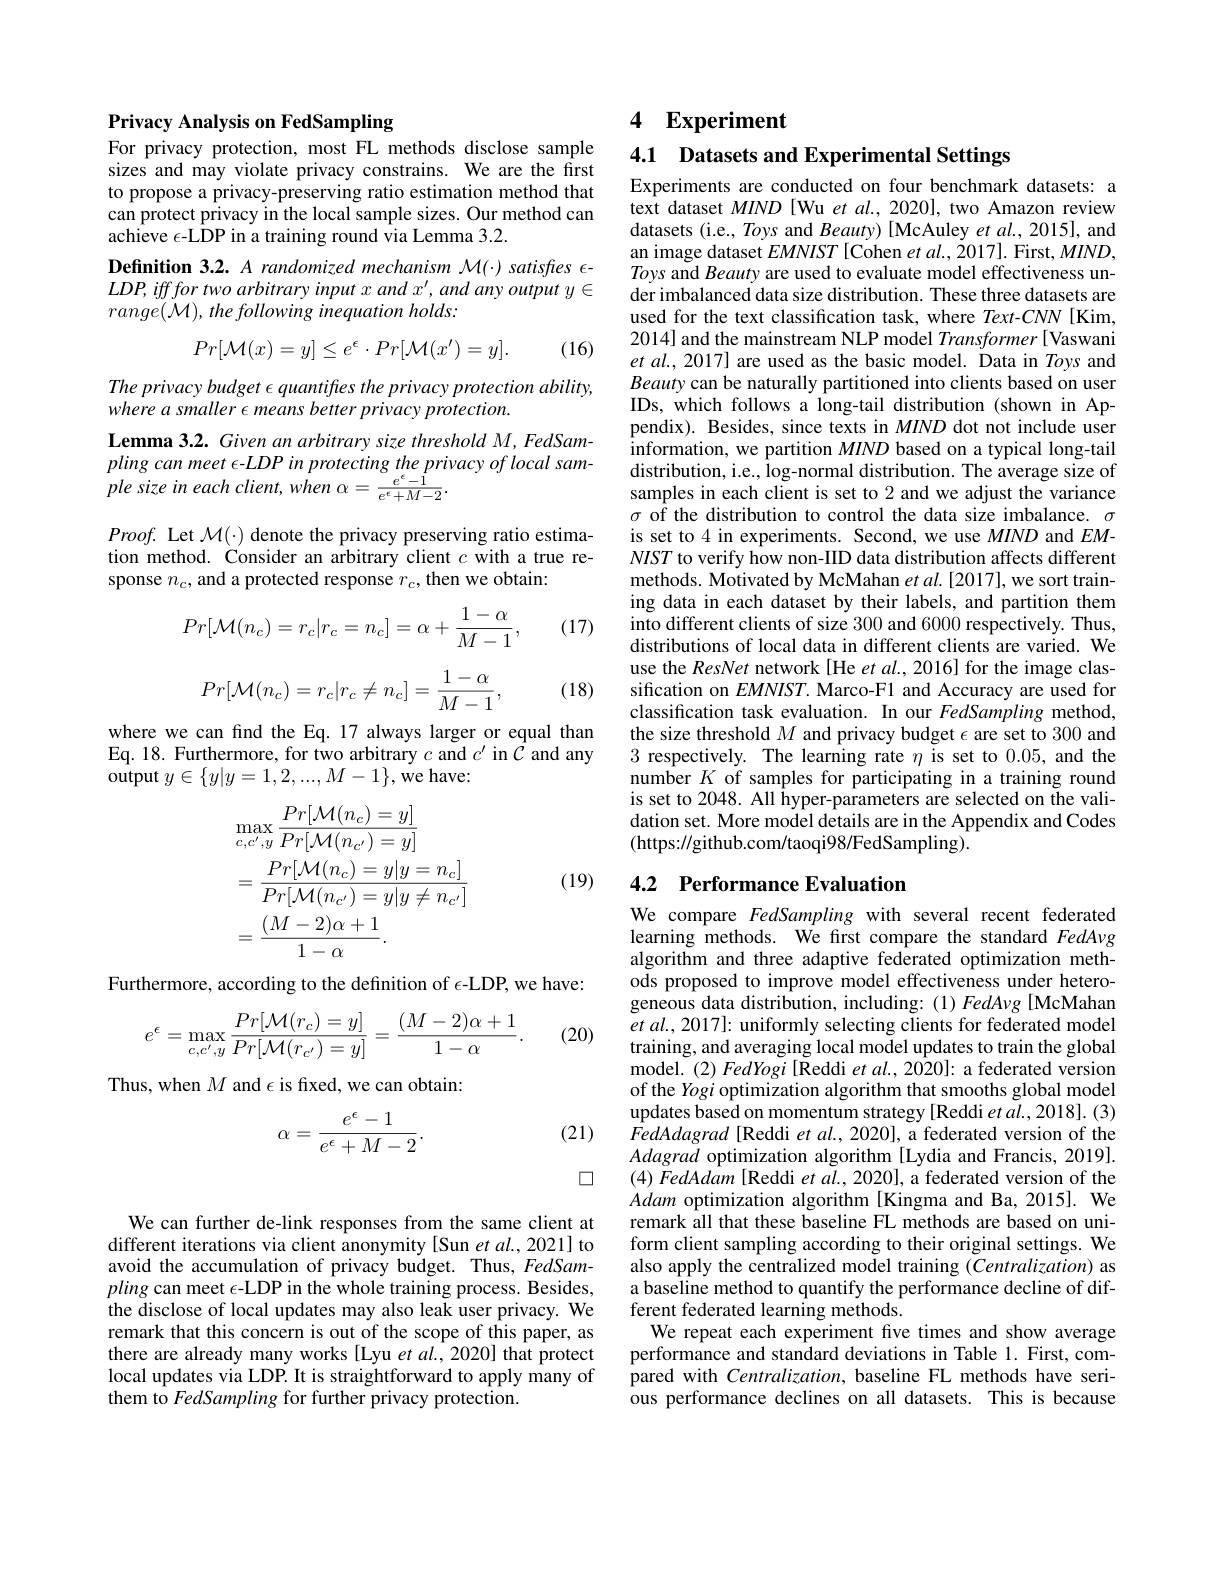
Privacy Analysis on FedSampling

For privacy protection, most FL methods disclose sample sizes and may violate privacy constrains. We are the first to propose a privacy-preserving ratio estimation method that can protect privacy in the local sample sizes. Our method can achieve $\epsilon$-LDP in a training round via Lemma 3.2.

Definition 3.2. A randomized mechanism M(-) satisfes €- $LDP,ifffortwoarbitraryinputxandx^{\prime},andanyoutputy\in$ $range(\mathcal{M}),thefollowinginequationholds:$
$$Pr[\mathcal{M}(x)=y]\leq e^{\epsilon}\cdot Pr[\mathcal{M}(x')=y].$$
(16)

The privacy budget $\epsilon$ quantifres the privacy protection ability,
where a smaller $\epsilon$ means better privacy protection.

Lemma 3.2. Given an arbitrary size threshold M, FedSampling can meet $\epsilon-LDP$ in protecting the privacy of local sample size in each client, when $\alpha=\frac{e^{\epsilon}-1}{e^{\epsilon}+M-2}.$
$Proof.$ Let $\mathcal{M}(\cdot)$ denote the privacy preserving ratio estimation method. Consider an arbitrary client $c$ with a true response $n_c$, and a protected response $r_c$, then we obtain:

(17)
$$Pr[\mathcal{M}(n_c)=r_c|r_c=n_c]=\alpha+\frac{1-\alpha}{M-1},$$
$$Pr[\mathcal{M}(n_c)=r_c|r_c\neq n_c]=\frac{1-\alpha}{M-1},$$
(18)

where we can find the Eq. 17 always larger or equal than Eq. 18. Furthermore, for two arbitrary $c$ and $c^\prime$ in $\hat{C}$ and any $\hat{\text{output}}y\in\{y|y=1,2,...,M-1\}$,we have:
$$\begin{aligned}&\max_{c,c^{\prime},y}\frac{Pr[\mathcal{M}(n_{c})=y]}{Pr[\mathcal{M}(n_{c^{\prime}})=y]}\\&=\frac{Pr[\mathcal{M}(n_{c})=y|y=n_{c}]}{Pr[\mathcal{M}(n_{c^{\prime}})=y|y\neq n_{c^{\prime}}]}\\&=\frac{(M-2)\alpha+1}{1-\alpha}.\end{aligned}$$
(19)

Furthermore, according to the definition of $\epsilon$-LDP, we have:
$$e^{\epsilon}=\max\limits_{c,c',y}\frac{Pr[\mathcal{M}(r_c)=y]}{Pr[\mathcal{M}(r_{c'})=y]}=\frac{(M-2)\alpha+1}{1-\alpha}.$$
(20)

Thus, when $M$ and $\epsilon$ is fixed, we can obtain:
$$\alpha=\frac{e^{\epsilon}-1}{e^{\epsilon}+M-2}.$$
(21)

口

We can further de-link responses from the same client at different iterations via client anonymity[Sun et al., 2021] to avoid the accumulation of privacy budget. Thus, FedSampling can meet $\epsilon$-LDP in the whole training process. Besides, the disclose of local updates may also leak user privacy. We remark that this concern is out of the scope of this paper, as there are already many works [Lyu et al.,2020] that protect local updates via LDP. It is straightforward to apply many of them to FedSampling for further privacy protection.

## 4 $\mathbf{Experiment}$

4.1 Datasets and Experimental Settings

Experiments are conducted on four benchmark datasets: a text dataset $MIND$ [Wu et al., 2020], two Amazon review datasets (i.e., Toys and Beauty) [McAuley et al., 2015], and an image dataset $EMNIST$ [Cohen et al., $\dot{2}017].$ First, $MIND$, Toys and Beauty are used to evaluate model effectiveness under imbalanced data size distribution. These three datasets are used for the text classification task, where Text-CNN[Kim, 2014] and the mainstream NLP model $Transformer[$Vaswani et al., 2017] are used as the basic model. Data in Toys and Beauty can be naturally partitioned into clients based on user IDs, which follows a long-tail distribution (shown in Appendix). Besides, since texts in $MIND$ dot not include user information, we partition $MIND$ based on a typical long-tail distribution, i.e., log-normal distribution. The average size of samples in each client is set to 2 and we adjust the variance $\sigma$ of the distribution to control the data size imbalance. $\sigma$ is set to 4 in experiments. Second, we use $MIND$ and $EM-$ $NIST$ to verify how non-IID data distribution affects different methods. Motivated by McMahan et $al.[2017]$,we sort training data in each dataset by their labels, and partition them into different clients of size 300 and 6000 respectively. Thus, distributions of local data in different clients are varied. We use the ResNet network [He et al.,2016] for the image classification on $EMNIST.$ Marco-F1 and Accuracy are used for classification task evaluation. In our FedSampling method, the size threshold $M$ and privacy budget $\epsilon$ are set to 300 and 3 respectively. The learning rate $\eta$ is set to 0.05, and the number $K$ of samples for participating in a training round is set to 2048. All hyper-parameters are selected on the validation set. More model details are in the Appendix and Codes (https://github.com/taoqi98/FedSampling).

# 4.2 Performance Evaluation

We compare FedSampling with several recent federated learning methods. We frst compare the standard FedAvg algorithm and three adaptive federated optimization methods proposed to improve model effectiveness under heterogeneous data distribution, including:(1)FedAvg[McMahan] $et$ $al. , 2017] :$ uniformly selecting clients for federated model training, and averaging local model updates to train the global model. (2) FedYogi [Reddi et al., 2020]: a federated version of the Yogi optimization algorithm that smooths global model updates based on momentum strategy [Reddi et al., 2018]. (3) FedAdagrad [Reddi et al., 2020], a federated version of the Adagrad optimization algorithm [Lydia and Francis, 2019]. $( 4) \textit{FedAdam [ Reddi et al. , 2020] , a federated version of the}$ Adam optimization algorithm[Kingma and Ba, 2015]. We remark all that these baseline FL methods are based on uniform client sampling according to their original settings. We also apply the centralized model training $(\breve{C}entralization)$ as a baseline method to quantify the performance decline of different federated learning methods.
We repeat each experiment five times and show average performance and standard deviations in Table 1. First, compared with Centralization, baseline FL methods have serious performance declines on all datasets. This is because